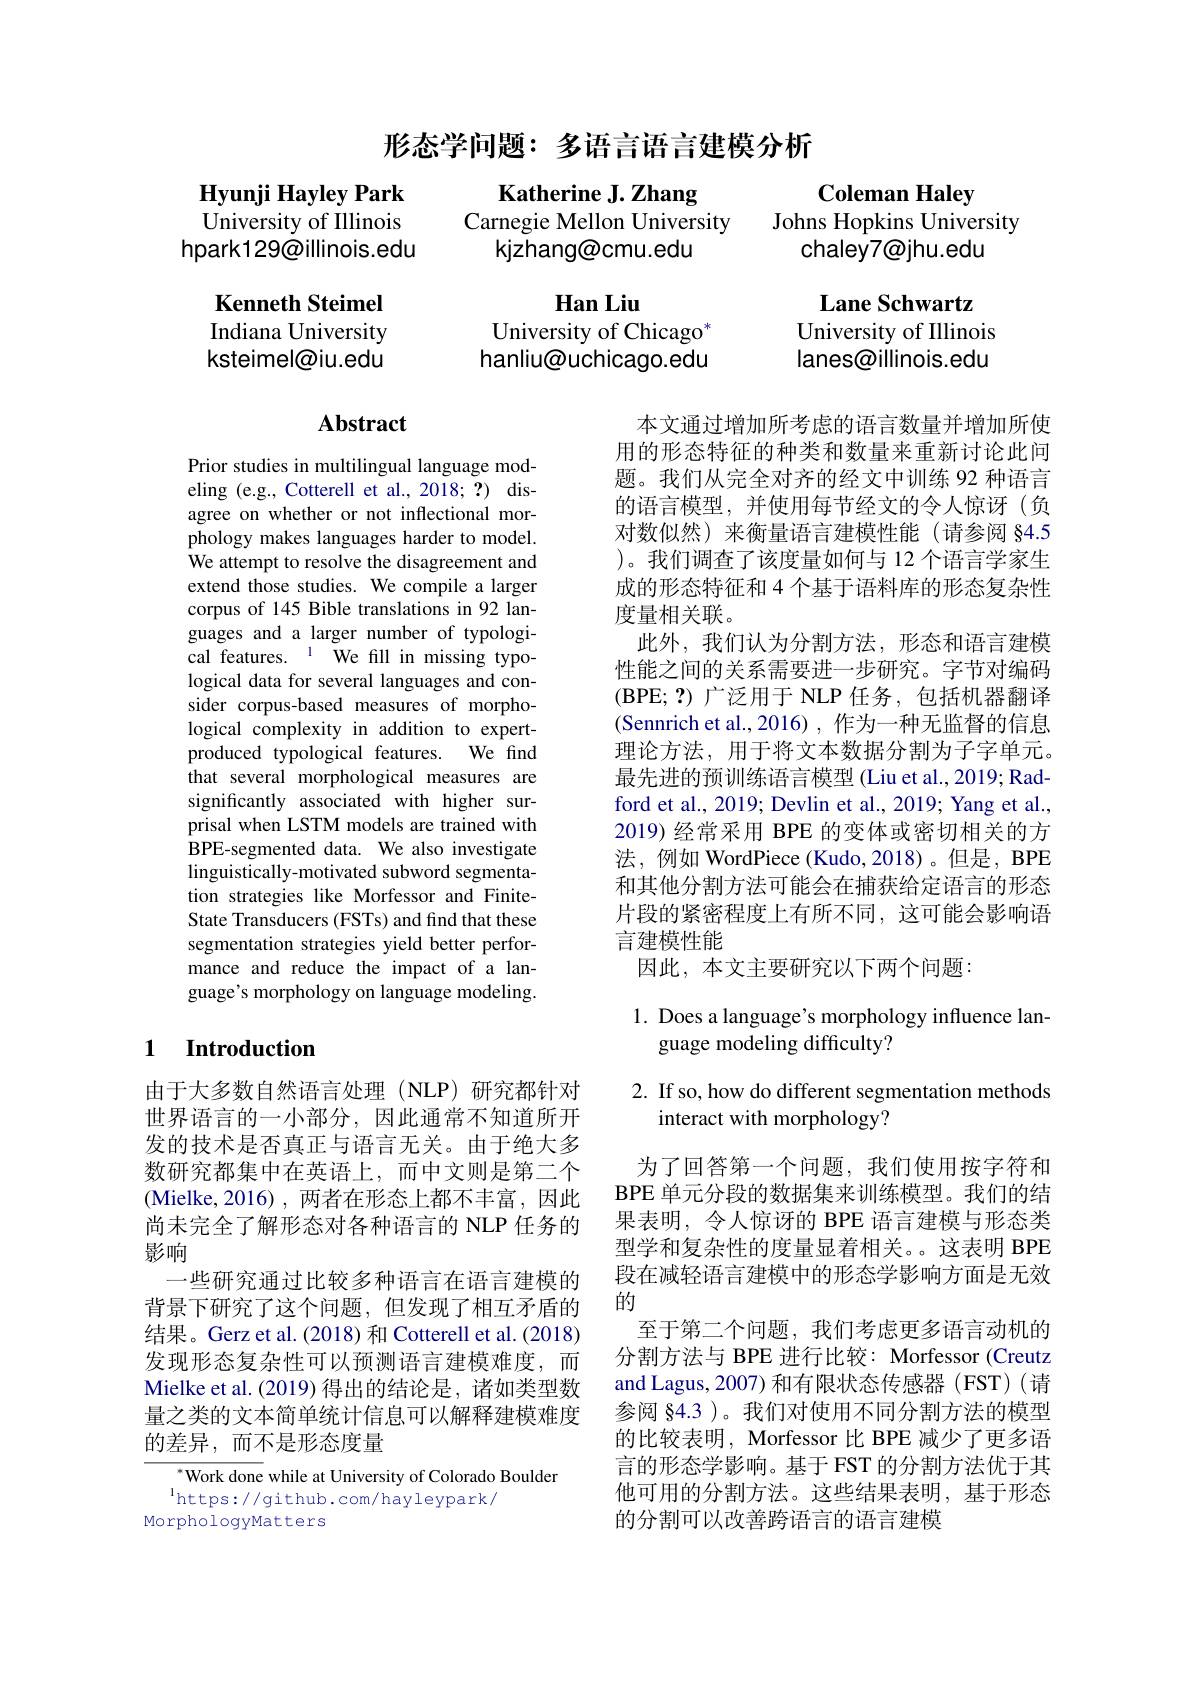
形态学问题：多语言语言建模分析

$\textbf{Hyunji Hayley Park}$

Coleman Haley
Johns Hopkins University
chaley7@jhu.edu

Katherine J. Zhang
Carnegie Mellon University
kjzhang@cmu.edu

University of IIlinois

hpark129@illinois.edu

Kenneth Steimel

$\textbf{Han Liu}$
University of Chicago$^*$ hanliu@uchicago.edu

Lane Schwartz
University of Illinois lanes@illinois.edu

Indiana University

ksteimel@iu.edu

## Abstract

本文通过增加所考虑的语言数量并增加所使用的形态特征的种类和数量来重新讨论此问题。我们从完全对齐的经文中训练 92 种语言的语言模型，并使用每节经文的令人惊讶(负对数似然)来衡量语言建模性能(请参阅 §4.5 )。我们调查了该度量如何与 12 个语言学家生成的形态特征和 4 个基于语料库的形态复杂性度量相关联。
此外，我们认为分割方法，形态和语言建模性能之间的关系需要进一步研究。字节对编码(BPE;?)广泛用于 NLP 任务，包括机器翻译(Sennrich et al., 2016) , 作为一种无监督的信息理论方法，用于将文本数据分割为子字单元。最先进的预训练语言模型 (Liu et al., 2019; Radford et al., 2019; Devlin et al., 2019; Yang et al., 2019) 经常采用 BPE 的变体或密切相关的方法，例如 WordPiece(Kudo,2018)。但是，BPE 和其他分割方法可能会在捕获给定语言的形态片段的紧密程度上有所不同，这可能会影响语言建模性能
因此，本文主要研究以下两个问题：

Prior studies in multilingual language modeling (e.g., Cotterell et al., 2018; ?) disagree on whether or not inflectional morphology makes languages harder to model. We attempt to resolve the disagreement and extend those studies. We compile a larger corpus of 145 Bible translations in 92 languages and a larger number of typological features.$^{1}$We fill in missing typological data for several languages and consider corpus-based measures of morphological complexity in addition to expertproduced typological features. We find that several morphological measures are significantly associated with higher surprisal when LSTM models are trained with BPE-segmented data. We also investigate linguistically-motivated subword segmentation strategies like Morfessor and FiniteState Transducers (FSTs) and find that these segmentation strategies yield better performance and reduce the impact of a language's morphology on language modeling.

## 1. Does a language's morphology influence language modeling difficulty?

## $\textbf{1}$ $\textbf{Introduction}$

2. If so, how do different segmentation methods
interact with morphology?

由于大多数自然语言处理(NLP)研究都针对世界语言的一小部分，因此通常不知道所开发的技术是否真正与语言无关。由于绝大多数研究都集中在英语上，而中文则是第二个(Mielke,2016),两者在形态上都不丰富，因此尚未完全了解形态对各种语言的 NLP 任务的影响
一些研究通过比较多种语言在语言建模的背景下研究了这个问题，但发现了相互矛盾的结果。Gerz et al.(2018) 和 Cotterell et al.(2018) 发现形态复杂性可以预测语言建模难度，而Mielke et al. (2019) 得出的结论是，诸如类型数量之类的文本简单统计信息可以解释建模难度的差异，而不是形态度量

为了回答第一个问题，我们使用按字符和BPE 单元分段的数据集来训练模型。我们的结果表明，令人惊讶的 BPE 语言建模与形态类型学和复杂性的度量显着相关。这表明 BPE 段在减轻语言建模中的形态学影响方面是无效的
至于第二个问题，我们考虑更多语言动机的分割方法与 BPE 进行比较：Morfessor (Creutz and Lagus, 2007) 和有限状态传感器 (FST)( 请参阅 §4.3 )。我们对使用不同分割方法的模型的比较表明，Morfessor 比 BPE 减少了更多语言的形态学影响。基于 FST 的分割方法优于其他可用的分割方法。这些结果表明，基于形态的分割可以改善跨语言的语言建模

$^{*}$Work done while at University of Colorado Boulder
$^{1}$https://github.com/hayleypark/
MorphologyMatters